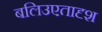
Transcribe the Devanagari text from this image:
बलिउएतादृश